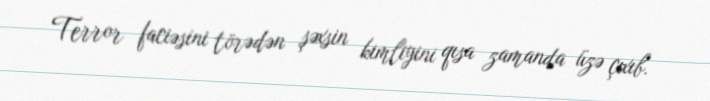
Terror faciəsini törədən şəxsin kimliyini qısa zamanda üzə çıxıb.